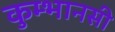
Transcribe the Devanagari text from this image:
कुम्भानसी